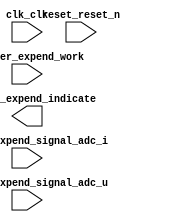
module SysFiltr (
	clk_clk,
	reset_reset_n,
	decoder_expend_indicate,
	decoder_expend_work,
	decoder_expend_signal_adc_i,
	decoder_expend_signal_adc_u);	

	input		clk_clk;
	input		reset_reset_n;
	output		decoder_expend_indicate;
	input		decoder_expend_work;
	input	[13:0]	decoder_expend_signal_adc_i;
	input	[13:0]	decoder_expend_signal_adc_u;
endmodule